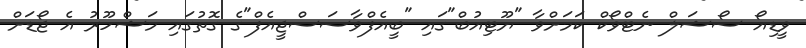
ވީޑިއޯ ސޯޝަލް ނެޓްވޯކް ކަމަށްވާ "ޔޫޓިއުބް"ގައި "ބީއެފްވާސަސްޖީއެފް"ގެ ގޮތުގައި މަޝްހޫރު އެ ޖޯޑަށް